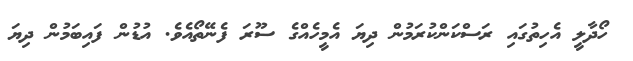
ހޯދާލީ އެހިތުގައި ރަސްކަންކުރަމުން ދިޔަ އެމީހެއްގެ ސޫރަ ފެނޭތޯއެވެ. އުޑުން ފައިބަމުން ދިޔަ